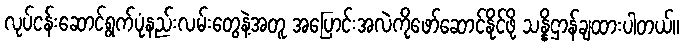
လုပ်ငန်းဆောင်ရွက်ပုံနည်းလမ်းတွေနဲ့အတူ အပြောင်းအလဲကိုဖော်ဆောင်နိုင်ဖို့ သန္နိဌာန်ချထားပါတယ်။